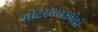
મોટરસાયકલોથી